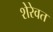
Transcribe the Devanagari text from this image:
शेरेवत